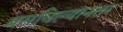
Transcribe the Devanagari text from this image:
बसविल्यानंतर